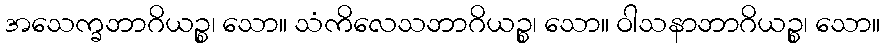
အသေက္ခဘာဂိယဉ္စ၊ သော။ သံကိလေသဘာဂိယဉ္စ၊ သော။ ဝါသနာဘာဂိယဉ္စ၊ သော။